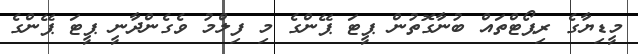
މީޑިޔާގެ ރިޕޯޓްތައް ބުނާގޮތުން ޕީޓަ ޕޭންގެ މި ފިލްމު ވެގެންދާނީ ޕީޓަ ޕޭންގެ